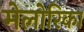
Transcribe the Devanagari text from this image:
मेलोरिका